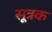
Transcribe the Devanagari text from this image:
सूत्रक